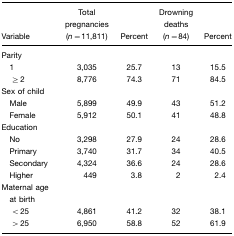
<table><thead><tr><td><b>Variable</b></td><td><b>Total pregnancies (<i>n=</i>11,811)</b></td><td><b>Percent</b></td><td><b>Drowning deaths (<i>n=</i>84)</b></td><td><b>Percent</b></td></tr></thead><tbody><tr><td>Parity</td><td></td><td></td><td></td><td></td></tr><tr><td> 1</td><td>3,035</td><td>25.7</td><td>13</td><td>15.5</td></tr><tr><td>≥2</td><td>8,776</td><td>74.3</td><td>71</td><td>84.5</td></tr><tr><td>Sex of child</td><td></td><td></td><td></td><td></td></tr><tr><td> Male</td><td>5,899</td><td>49.9</td><td>43</td><td>51.2</td></tr><tr><td> Female</td><td>5,912</td><td>50.1</td><td>41</td><td>48.8</td></tr><tr><td>Education</td><td></td><td></td><td></td><td></td></tr><tr><td> No</td><td>3,298</td><td>27.9</td><td>24</td><td>28.6</td></tr><tr><td> Primary</td><td>3,740</td><td>31.7</td><td>34</td><td>40.5</td></tr><tr><td> Secondary</td><td>4,324</td><td>36.6</td><td>24</td><td>28.6</td></tr><tr><td> Higher</td><td>449</td><td>3.8</td><td>2</td><td>2.4</td></tr><tr><td>Maternal age at birth</td><td></td><td></td><td></td><td></td></tr><tr><td> &lt;25</td><td>4,861</td><td>41.2</td><td>32</td><td>38.1</td></tr><tr><td> &gt;25</td><td>6,950</td><td>58.8</td><td>52</td><td>61.9</td></tr></tbody></table>